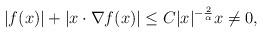
LaTeX: \begin{align*} |f(x)| + | x \cdot \nabla f(x)|\le C |x|^{-\frac {2} {\alpha }} x\not = 0 ,\end{align*}